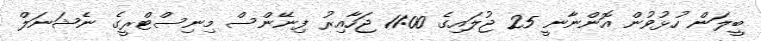
ބީލަން ހުޅުވުން އޮންނާނީ 25 ޖުލައިގެ 11:00 ޖަހާއިރު ފިނޭންސް މިނިސްޓްރީގެ ނެޝަނަލް